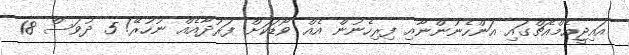
އައިޖީއެމްއެޗްގައި އަންހެނުންނާއި ފިރިހެނުން އެއް ވޯޑަކަށް ފަރުދާއެއް ނުހުރޭ! 5 ދުވަސް 18